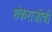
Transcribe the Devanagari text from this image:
शंकराजीची